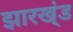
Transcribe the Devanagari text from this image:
झारख्ंड